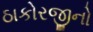
ઠાકોરજીનો